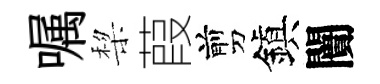
嘱棃葭剪鎭闠